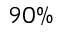
9 0 \%